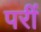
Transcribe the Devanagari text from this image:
परीं